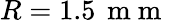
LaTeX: R=1.5\, \mathrm{~m~m~}